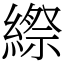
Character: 縩